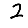
Digit: 2